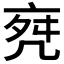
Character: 𠅞